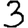
Digit: 3